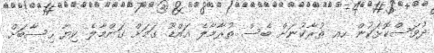
ދުވަސްކޮޅަކުން ހއ ތުރާކުނަށް ބެސް ތުރާމާލެ އައްޑޫ ގަމަށް ގަންމާލެ ކިޔާ ހިސާބަށް